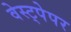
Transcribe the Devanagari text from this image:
वेस्ट्पेपर